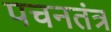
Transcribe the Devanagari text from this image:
पचनतंत्र